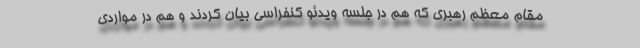
مقام معظم رهبری که هم در جلسه ویدئو کنفراسی بیان کردند و هم در مواردی